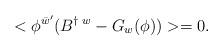
LaTeX: \begin{align*}<\phi^{\bar{w}'}(B^{\dagger\; w} - G_{w}(\phi)) > = 0.\end{align*}